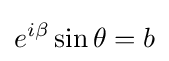
e^{i\beta }\sin \theta =b